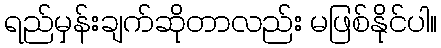
ရည်မှန်းချက်ဆိုတာလည်း မဖြစ်နိုင်ပါ။